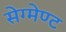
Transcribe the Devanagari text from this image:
सेग्मेण्ट